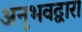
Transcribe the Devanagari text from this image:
अनुभवद्वारा